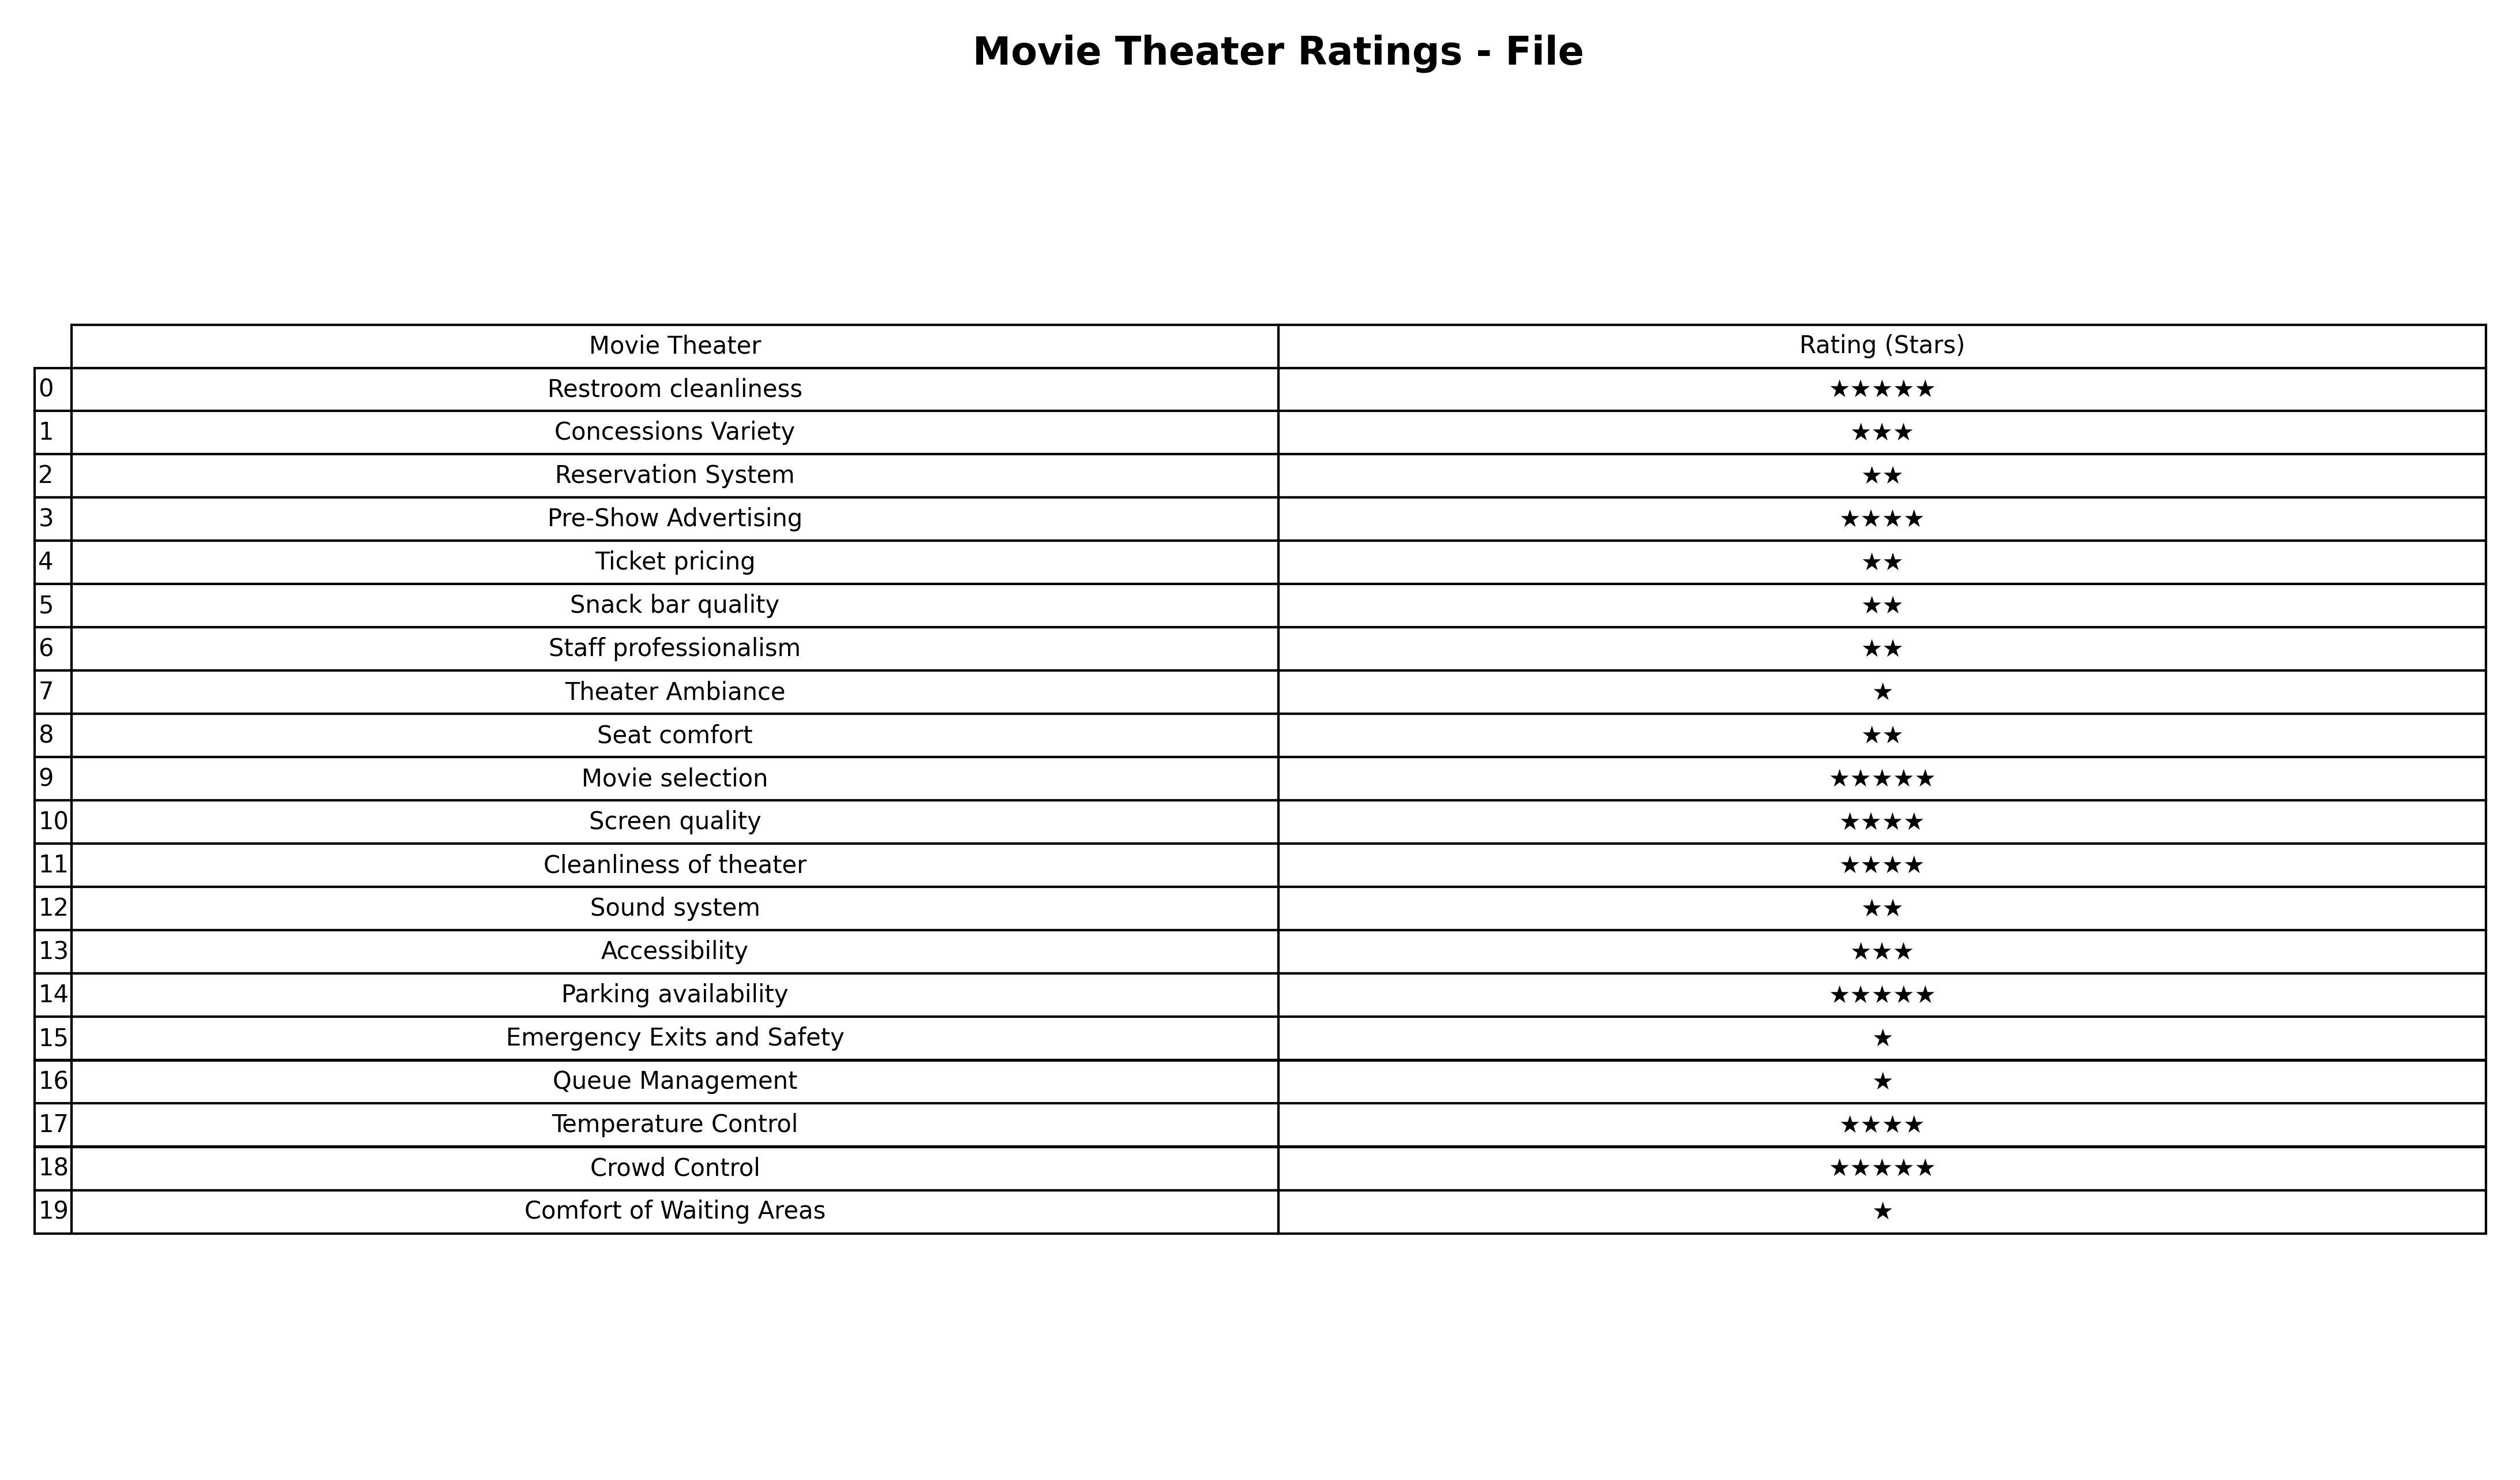
question: What are two star services?
answer: Reservation SystemTicket pricingSnack bar qualityStaff professionalismSeat comfortSound system